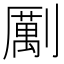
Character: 𠠏